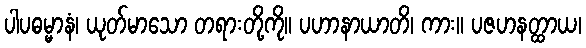
ပါပဓမ္မာနံ၊ ယုတ်မာသော တရားတို့ကို။ ပဟာနာယာတိ၊ ကား။ ပဇဟနတ္ထာယ၊